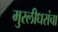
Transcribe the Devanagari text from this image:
मुरलीधरांचा